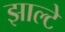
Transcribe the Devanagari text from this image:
झाल्टे